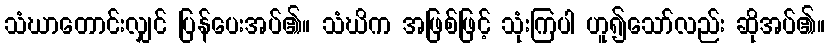
သံဃာတောင်းလျှင် ပြန်ပေးအပ်၏။ သံဃိက အဖြစ်ဖြင့် သုံးကြပါ ဟူ၍သော်လည်း ဆိုအပ်၏။